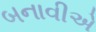
બનાવીએ